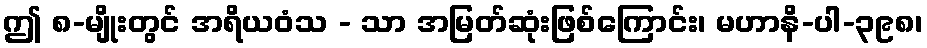
ဤ ၈-မျိုးတွင် အရိယဝံသ - သာ အမြတ်ဆုံးဖြစ်ကြောင်း၊ မဟာနိ-ပါ-၃၉၈၊